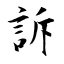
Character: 訴